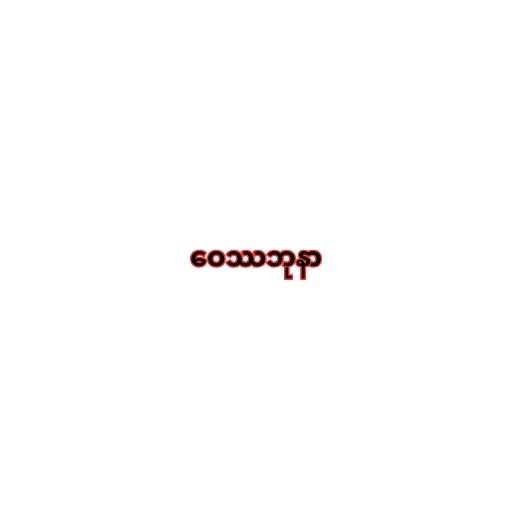
ဝေဿဘုနာ